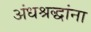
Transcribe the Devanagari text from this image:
अंधश्रद्धांना